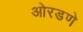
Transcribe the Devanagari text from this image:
ओरडणे